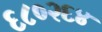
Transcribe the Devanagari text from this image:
६८०२६४